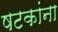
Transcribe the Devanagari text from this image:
षटकांना